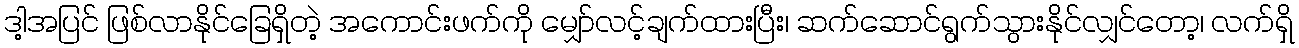
ဒါ့အပြင် ဖြစ်လာနိုင်ခြေရှိတဲ့ အကောင်းဖက်ကို မျှော်လင့်ချက်ထားပြီး၊ ဆက်ဆောင်ရွက်သွားနိုင်လျှင်တော့၊ လက်ရှိ